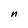
Character: n